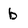
Character: b